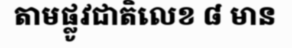
តាមផ្លូវជាតិលេខ ៨ មាន